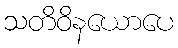
သတိဝိနယောပေ